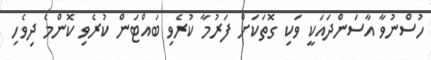
ހުސްނުވާ އާސަންދައަކީ ވަކި ގޮތަކަށް ފަރުމާ ކުރެވި ބައްޓަން ކުރެވި ކޮންމެ ދިވެހި